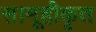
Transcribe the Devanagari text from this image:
सामूहीकृत